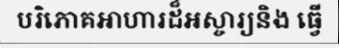
បរិភោគអាហារដ៏អស្ចារ្យនិង ធ្វើ